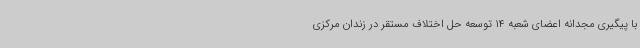
با پیگیری مجدانه اعضای شعبه 14 توسعه حل اختلاف مستقر در زندان مرکزی